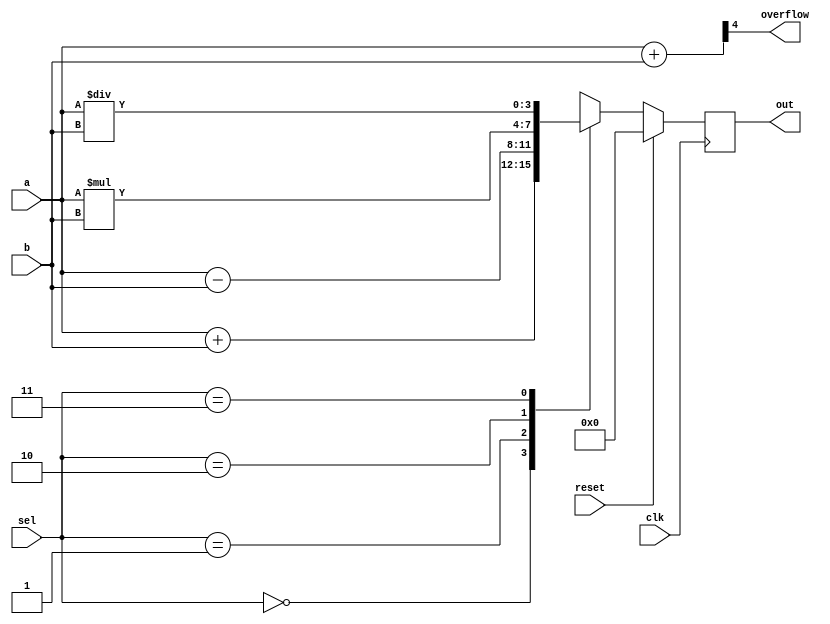
// Verilog code for 4-bit ALU

module alu (input clk,
    input reset,
    input [3:0] a, 
    input [3:0] b, 
    input [1:0] sel,
    output [3:0] out,
    output overflow);

    reg [3:0] result;
    wire [4:0] temp;

    assign out = result;
    assign temp = {1'b0,a} + {1'b0,b};
    assign overflow = temp[4];

    always @(posedge clk)
        begin
            if (reset == 1'b0)
                case (sel)
                   2'b00: result <= a + b;
                   2'b01: result <= a - b;
                   2'b10: result <= a * b;
                   2'b11: result <= a / b;
                endcase 
            else
                result <= 4'b0000;
 
        end

endmodule